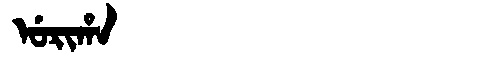
Manchu: ᡠᡵᡳᡥᠠ
Romanization: URIHA